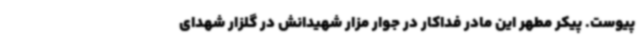
پیوست. پیکر مطهر این مادر فداکار در جوار مزار شهیدانش در گلزار شهدای